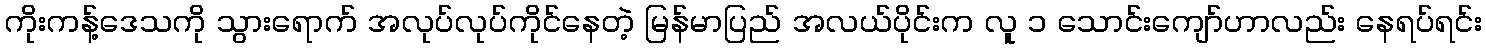
ကိုးကန့်ဒေသကို သွားရောက် အလုပ်လုပ်ကိုင်နေတဲ့ မြန်မာပြည် အလယ်ပိုင်းက လူ ၁ သောင်းကျော်ဟာလည်း နေရပ်ရင်း